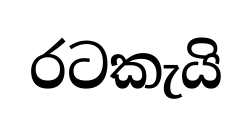
රටකැයි